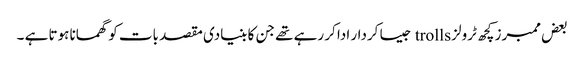
بعض ممبرز کچھ ٹرولز trolls جیسا کردار ادا کر رہے تھے جن کا بنیادی مقصد بات کو گھمانا ہوتا ہے ۔